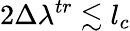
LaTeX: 2\Delta\lambda^{tr}\lesssim l_{c}